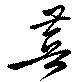
菩